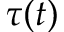
\tau ( t )